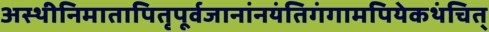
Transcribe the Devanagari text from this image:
अस्थीनिमातापितृपूर्वजानांनयंतिगंगामपियेकथंचित्